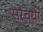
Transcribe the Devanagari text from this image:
सरेच्या